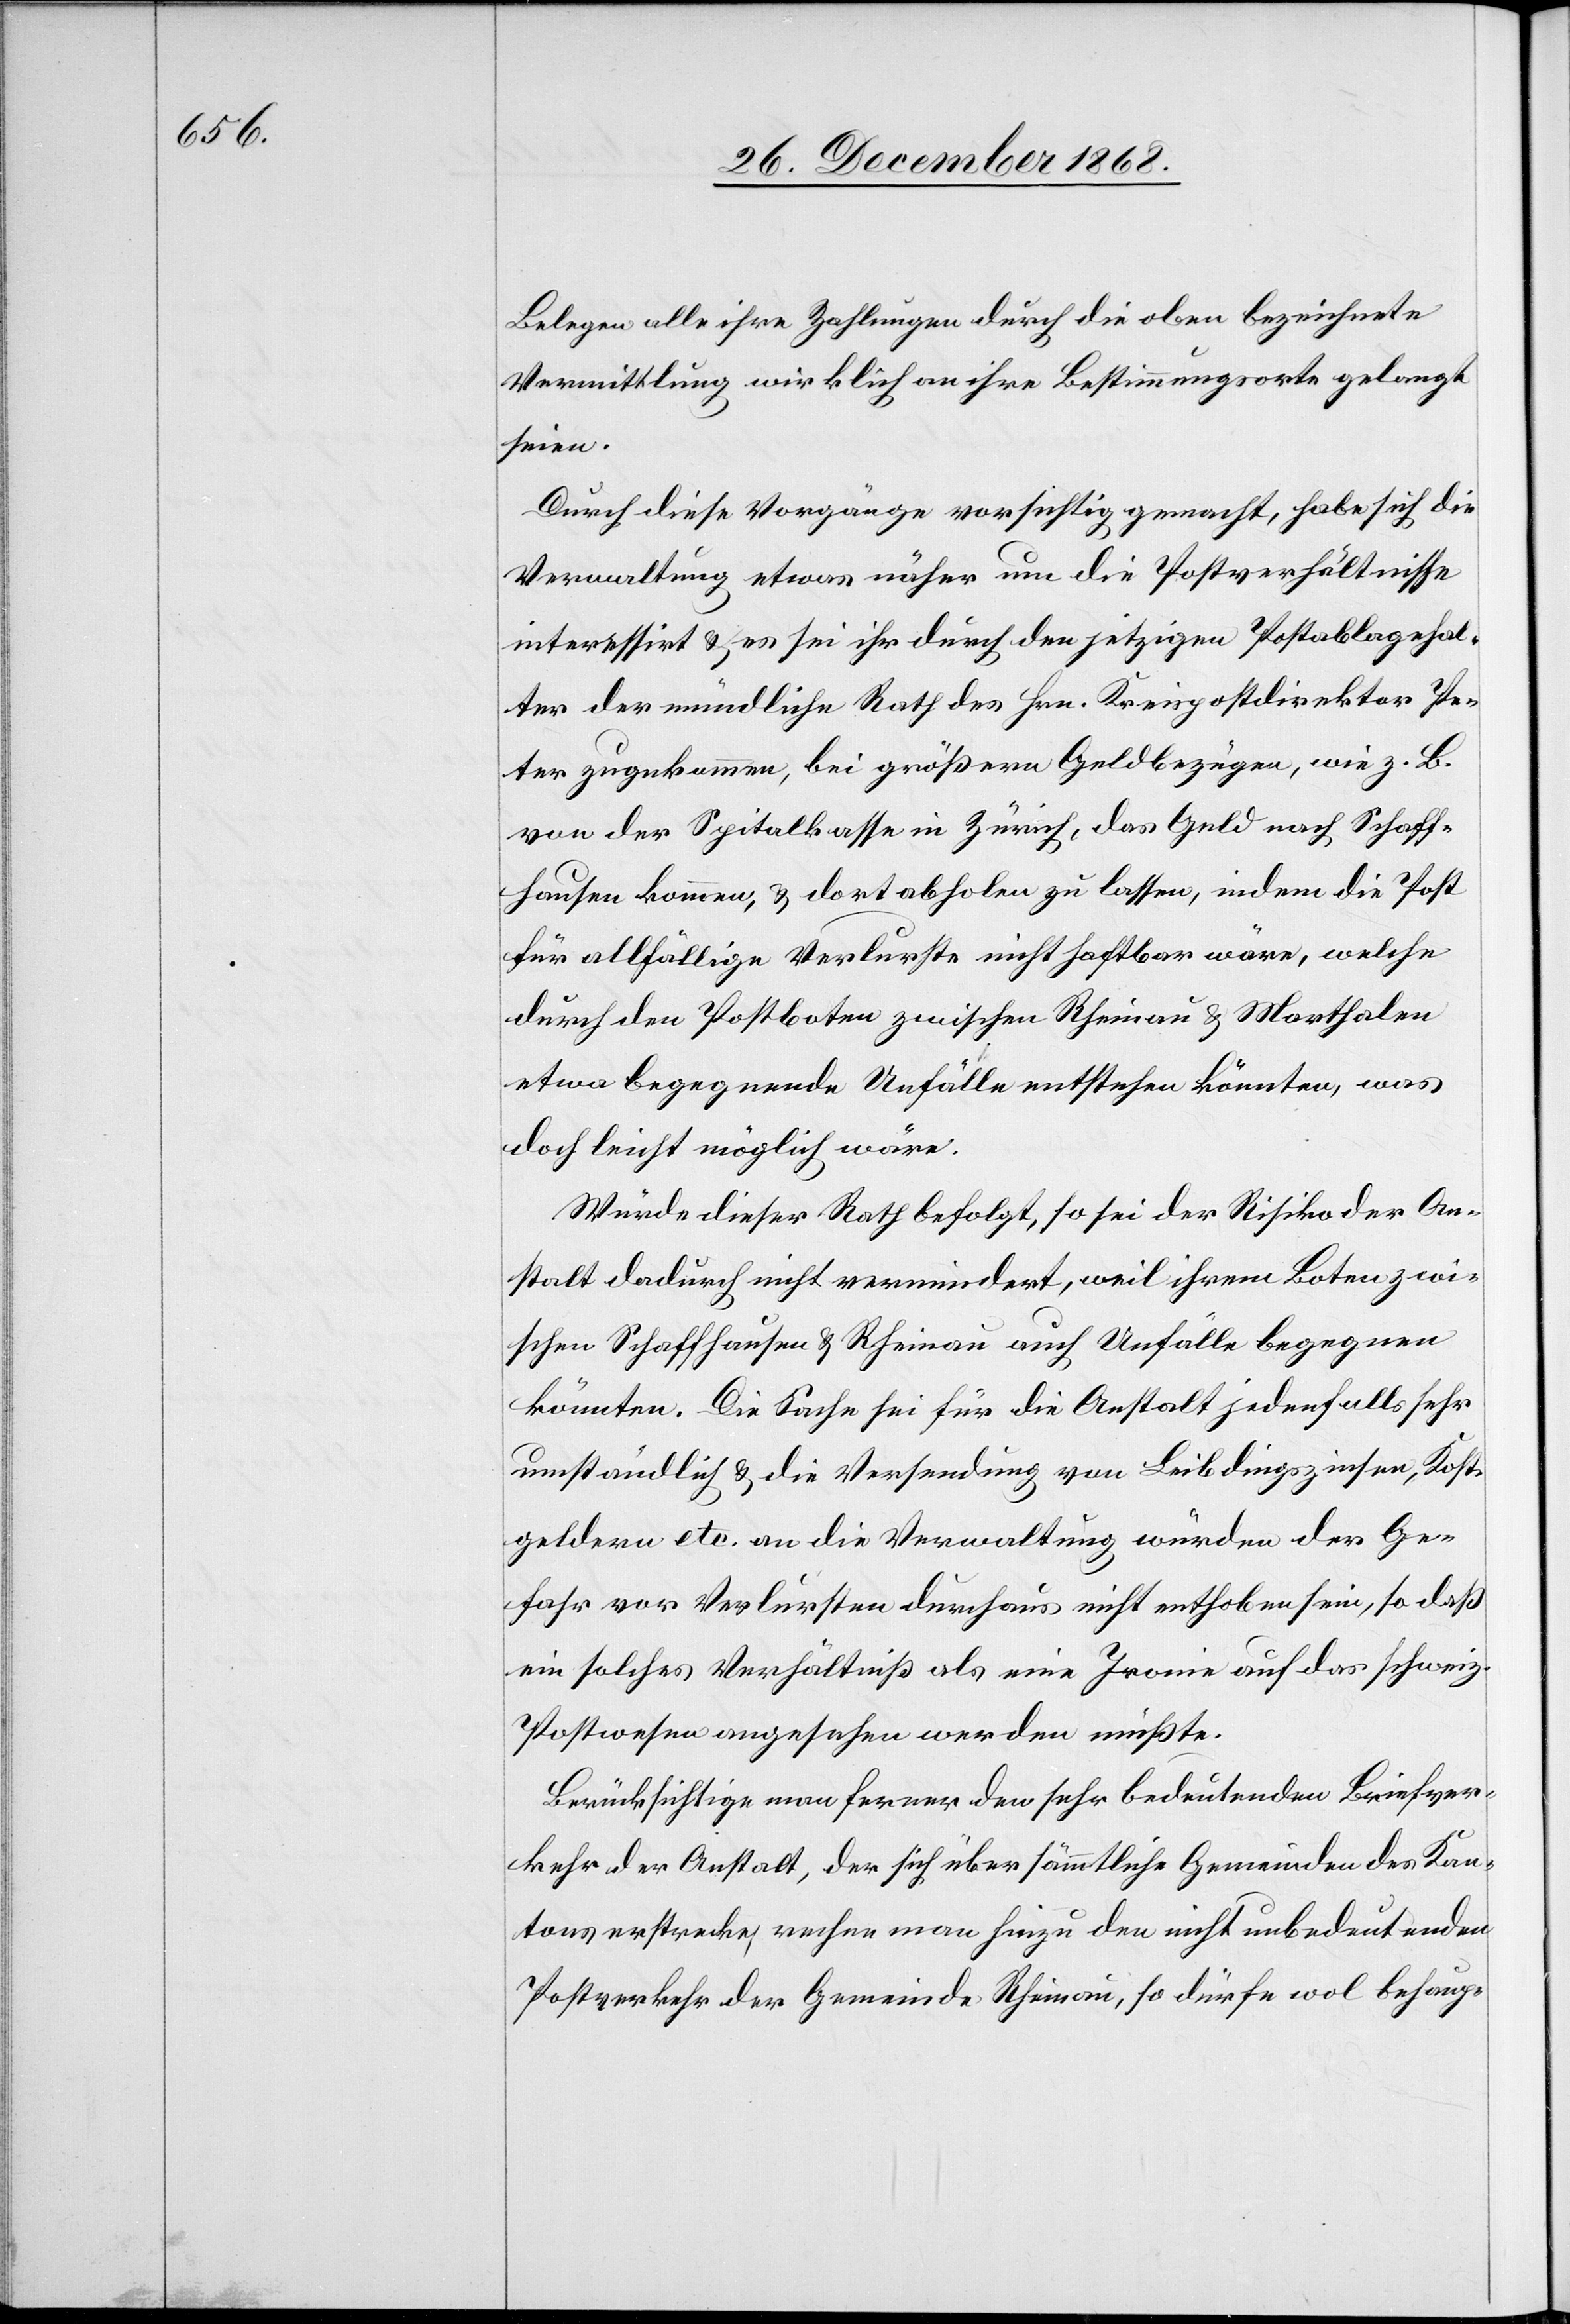
Belegen alle ihre Zahlungen durch die oben bezeichnete
Vermittlung wirklich an ihre Bestimmungsorte gelangt
seien.
Durch diese Vorgänge vorsichtig gemacht, habe sich die
Verwaltung etwas näher um die Postverhältnisse
interessirt & es sei ihr durch den jetzigen Postablagehal¬
ter der mündliche Rath des Hrn. Kreispostdirektor Pe¬
ter zugekommen, bei größern Geldbezügen, wie z. B.
von der Spitalkasse in Zürich, das Geld nach Schaff¬
hausen kommen, & dort abholen zu lassen, indem die Post
für allfällige Verlurste nicht haftbar wäre, welche
durch den Postboten zwischen Rheinau & Marthalen
etwa begegnende Unfälle entstehen könnten, was
doch leicht möglich wäre.
Würde dieser Rath befolgt, so sei der Risiko der An¬
stalt dadurch nicht vermindert, weil ihrem Boten zwi¬
schen Schaffhausen & Rheinau auch Unfälle begegnen
könnten. Die Sache sei für die Anstalt jedenfalls sehr
umständlich & die Versendung von Leibdingszinsen, Kost¬
geldern etc. an die Verwaltung würden der Ge¬
fahr vor Verlursten durchaus nicht enthoben sein, so daß
ein solches Verhältniß als eine Ironie auf das schweiz.
Postwesen angesehen werden müßte.
Berücksichtige man ferner den sehr bedeutenden Briefver¬
kehr der Anstalt, der sich über sämmtliche Gemeinden des Kan¬
tons erstrecke, rechne man hinzu den nicht unbedeutenden
Postverkehr der Gemeinde Rheinau, so dürfe wol behaup-